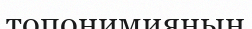
топонимияның